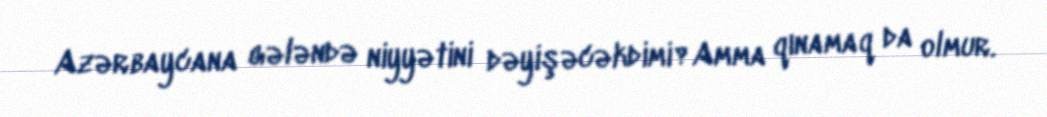
Azərbaycana gələndə niyyətini dəyişəcəkdimi?Amma qınamaq da olmur.